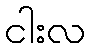
ငါးလ